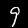
Label: 9